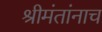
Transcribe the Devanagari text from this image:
श्रीमंतांनाच